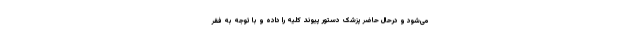
می‌شود و درحال حاضر پزشک دستور پیوند کلیه را داده و با توجه به فقر